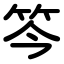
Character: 笒